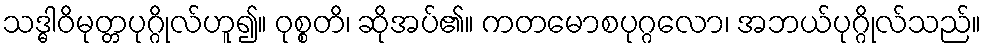
သဒ္ဓါဝိမုတ္တပုဂ္ဂိုလ်ဟူ၍။ ဝုစ္စတိ၊ ဆိုအပ်၏။ ကတမောစပုဂ္ဂလော၊ အဘယ်ပုဂ္ဂိုလ်သည်။